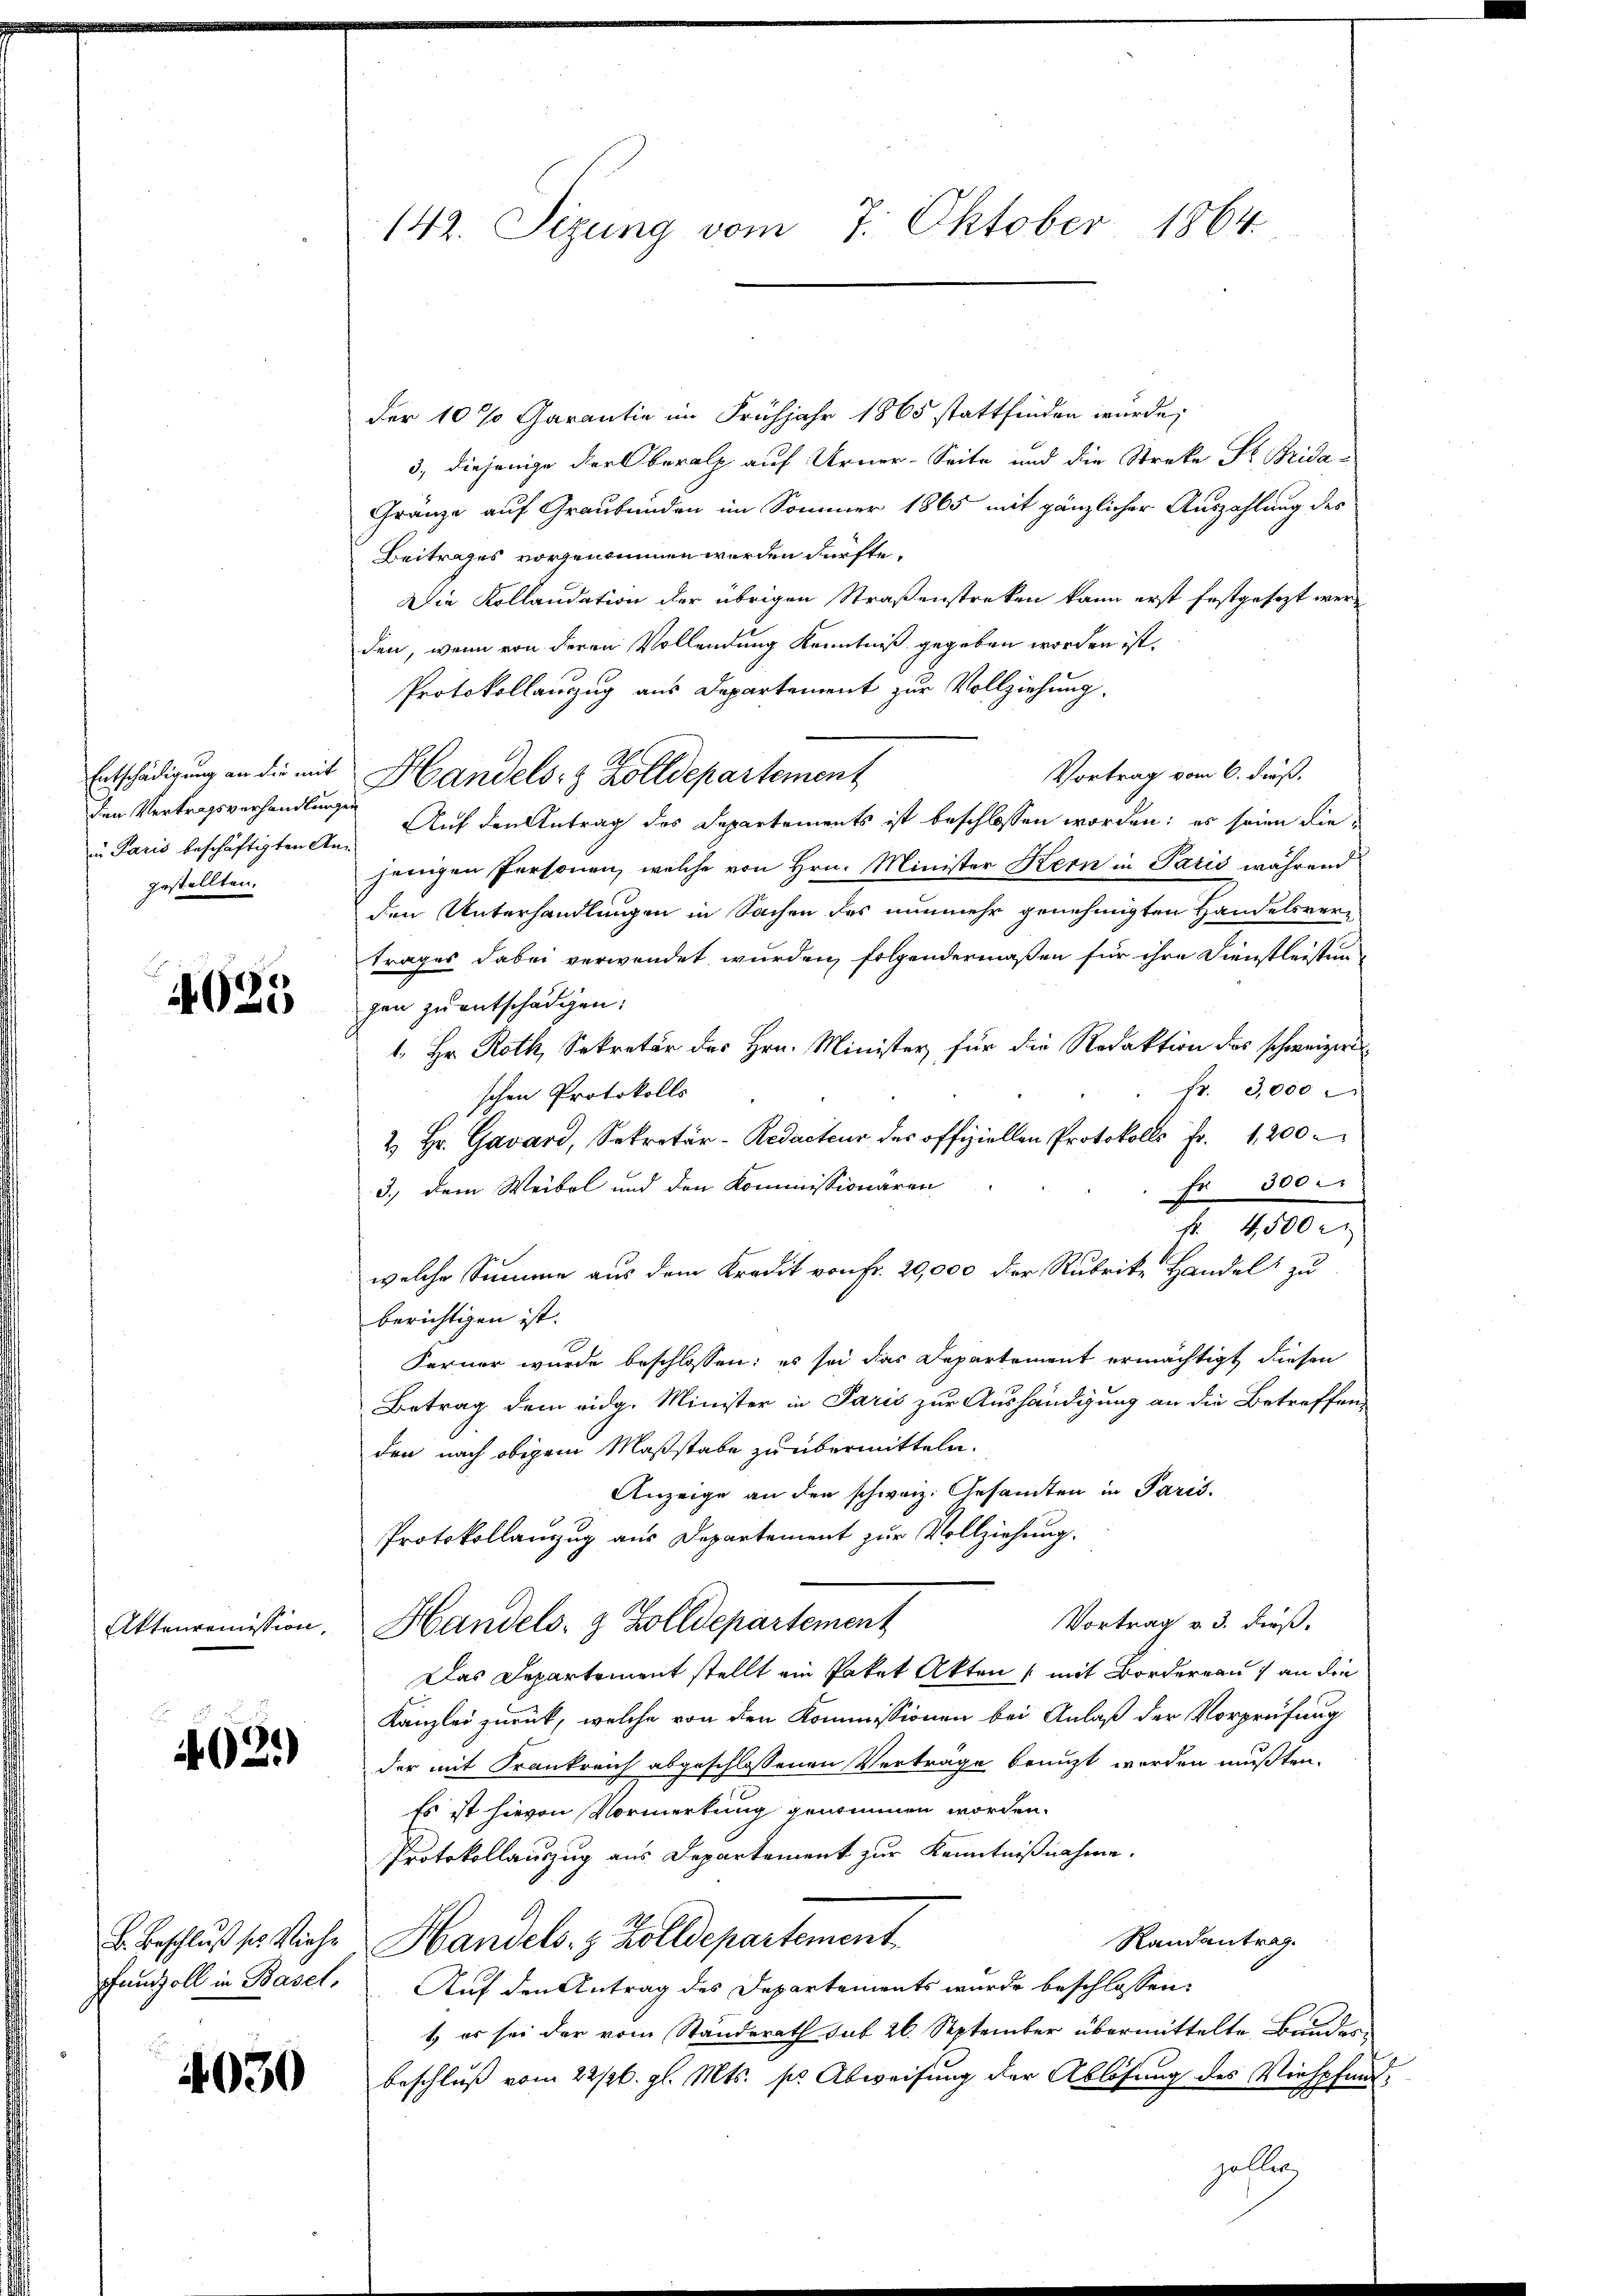
den Vertragsverhandlungen
gestellten.

4025

4021)

4030

142. Sitzung vom 7. Oktober 1864.

der 10 % Garantie im Frühjahr 1865 stattfinden wurde,
3., diejenige der Oberalp auf Urner-Seite und die Streke Sr. Brida¬
Gränze auf Graubünden im Sommer 1865 mit gänzlicher Auszahlung des
Beitrages vorgenommen werden dürfte.
Die Kollaudation der übrigen Straßenstreken kann erst festgesezt werden, wenn von deren Vollendung Kenntniß gegeben worden ist.
Protokollanzug aus Departement zur Vollziehung.
Vortrag vom 6. dieß,
Entschädigung an die mit Handels- & Zolldepartement
in Paris beschäftigten Ans Auf den Antrag des Departements ist beschlossen worden; es seien diejenigen Personen, welche von Hrn. Minister Kern in Paris während
den Unterhandlungen in Sachen des nunmehr genehmigten Handelsvertrages dabei verwendet wurden, folgendermaßen für ihre Dienstleistung
gen zu entschädigen:
1. Hr. Roth, Sekretär des Hrn. Minister für die Redaktion des schweizeri
fr. 3,000
schen Protokolls
2 Hr. Gavard, Sekretär-Redacteur des offiziellen Protokolls fr. 1200
Fr 300.
3.) Dem Weibel und den Kommissionären
f. 4500 rt
welche Summe aus dem Kredit von Fr. 20,000 der Rubrike Handel zu
berichtigen ist.
Ferner wurde beschlossen: es sei das Departement ermächtigt diesen
Betrag dem eidg. Minister in Paris zur Aushändigung an die Betreffen-
den nach obigem Maßstabe zu übermitteln.
Anzeige an den schweiz. Gesamten in Paris.
Protokollanzug aus Departement zur Vollziehung.
Vortrag v. 3. dieß.
Aktenremission. Handels- & Zolldepartement
Das Departement stellt ein Paket Akten (mit Borderrau) an die
Kanzlei zurück, welche von den Kommissionen bei Anlaß der Vorprüfung
der mit Frankreich abgeschlossenen Verträge benuzt werden mußten.
Es ist hievon Vormerkung genommen worden.
Protokollauszug aus Departement zur Kenntnißnahme.
Randantrag.
b. Beschluß ses Viehe Handels- & Zolldepartement
Fanzoll in Basel, Auf den Antrag des Departements wurde beschlossen:
1, es sei der vom Standerath sub 26. September übermittelte Bunder
beschluß vom 22st. gl. Mts. ses Abweisung der Ablösung des Viehpfandzollen,